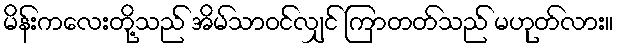
မိန်းကလေးတို့သည် အိမ်သာဝင်လျှင် ကြာတတ်သည် မဟုတ်လား။